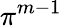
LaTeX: \pi^{m-1}